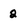
Character: 2